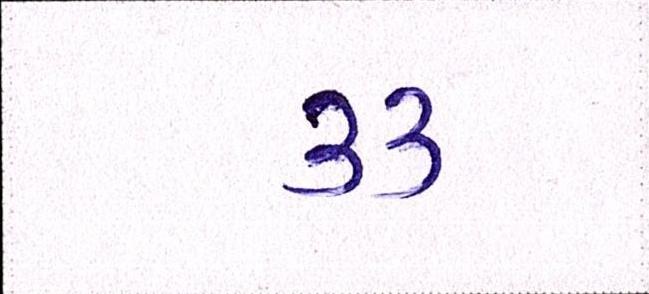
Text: ૩૩